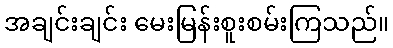
အချင်းချင်း မေးမြန်းစူးစမ်းကြသည်။